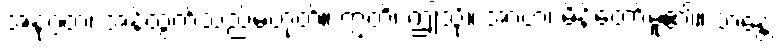
အနုဂ္ဂတံ၊ အန်ထွက်သည်မဟုတ်။ ဣတိ၊ ဤသို့။ အာဟ၊ မိန့်တော်မူ၏။ ဘန္တေ